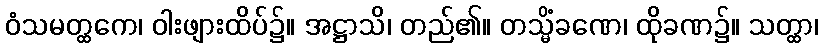
ဝံသမတ္ထကေ၊ ဝါးဖျားထိပ်၌။ အဋ္ဌာသိ၊ တည်၏။ တသ္မိံခဏေ၊ ထိုခဏ၌။ သတ္ထာ၊